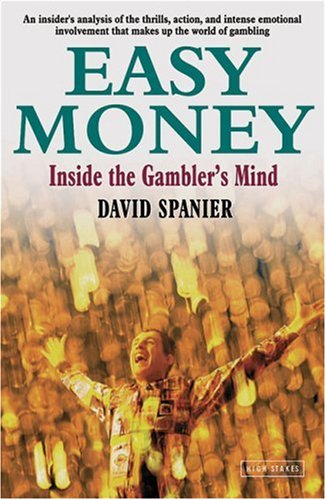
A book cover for Easy Money: Inside the Gambler's Mind; David Spanier; Health, Fitness & Dieting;